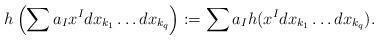
LaTeX: \begin{align*}h\left(\sum a_{I}x^Idx_{k_1}\dots dx_{k_q}\right) := \sum a_{I} h(x^I dx_{k_1}\dots dx_{k_q}).\end{align*}